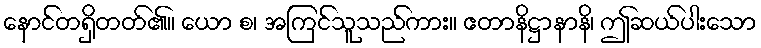
နောင်တရှိတတ်၏။ ယော စ၊ အကြင်သူသည်ကား။ ဧတာနိဋ္ဌာနာနိ၊ ဤဆယ်ပါးသော